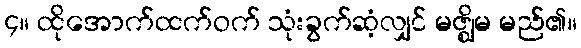
၄။ ထိုအောက်ထက်ဝက် သုံးခွက်ဆံ့လျှင် မဇ္ဈိမ မည်၏။